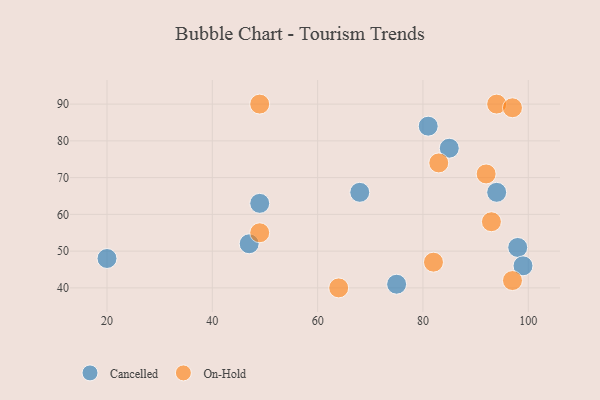
{"axis": {"x": "GDP", "y": "Life Expectancy"}, "legend": ["Cancelled", "On-Hold"], "data": [{"x": "81", "y": 84, "type": "Cancelled"}, {"x": "49", "y": 63, "type": "Cancelled"}, {"x": "85", "y": 78, "type": "Cancelled"}, {"x": "94", "y": 66, "type": "Cancelled"}, {"x": "68", "y": 66, "type": "Cancelled"}, {"x": "98", "y": 51, "type": "Cancelled"}, {"x": "75", "y": 41, "type": "Cancelled"}, {"x": "20", "y": 48, "type": "Cancelled"}, {"x": "99", "y": 46, "type": "Cancelled"}, {"x": "47", "y": 52, "type": "Cancelled"}, {"x": "49", "y": 90, "type": "On-Hold"}, {"x": "92", "y": 71, "type": "On-Hold"}, {"x": "94", "y": 90, "type": "On-Hold"}, {"x": "97", "y": 42, "type": "On-Hold"}, {"x": "83", "y": 74, "type": "On-Hold"}, {"x": "93", "y": 58, "type": "On-Hold"}, {"x": "82", "y": 47, "type": "On-Hold"}, {"x": "49", "y": 55, "type": "On-Hold"}, {"x": "97", "y": 89, "type": "On-Hold"}, {"x": "64", "y": 40, "type": "On-Hold"}]}